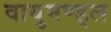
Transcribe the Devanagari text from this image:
वायुमण्ड्ल